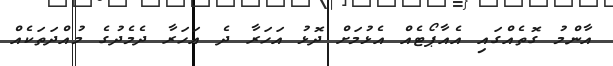
އާންމު ގޮތެއްގައި އެއާޕޯޓެއް އެޅުމަށް ދޮޅު އަހަރާ ދެ އަހަރާ ދެމެދުގެ މުއްދަތަކެއް